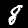
Digit: 8